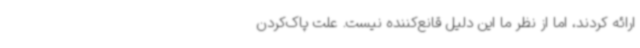
ارائه کردند، اما از نظر ما این دلیل قانع‌کننده نیست. علت پاک‌کردن